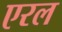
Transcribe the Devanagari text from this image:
एरल